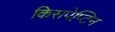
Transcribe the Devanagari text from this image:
किसपेप्टिन